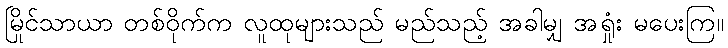
မြိုင်သာယာ တစ်ဝိုက်က လူထုများသည် မည်သည့် အခါမျှ အရှုံး မပေးကြ။